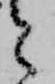
と